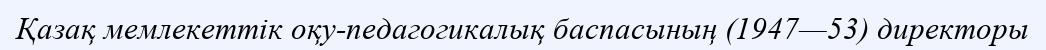
Қазақ мемлекеттік оқу-педагогикалық баспасының (1947—53) директоры